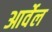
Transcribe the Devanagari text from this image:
आर्वेल